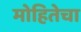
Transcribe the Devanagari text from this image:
मोहितेचा